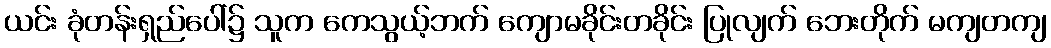
ယင်း ခုံတန်းရှည်ပေါ်၌ သူက ကေသွယ့်ဘက် ကျောမခိုင်းတခိုင်း ပြုလျက် ဘေးတိုက် မကျတကျ